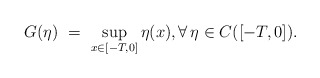
\begin{align*}G(\eta) \ = \ \sup_{x\in[-T,0]}\eta(x), \forall\,\eta\in C([-T,0]).\end{align*}